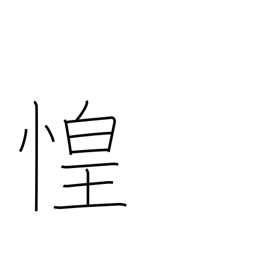
Meaning: fear